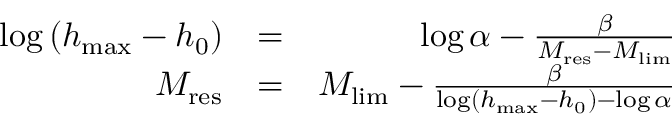
\begin{array} { r l r } { \log \left( h _ { \operatorname* { m a x } } - h _ { 0 } \right) } & { = } & { \log \alpha - \frac { \beta } { M _ { \mathrm { r e s } } - M _ { \mathrm { l i m } } } } \\ { M _ { \mathrm { r e s } } } & { = } & { M _ { \mathrm { l i m } } - \frac { \beta } { \log \left( h _ { \operatorname* { m a x } } - h _ { 0 } \right) - \log \alpha } } \end{array}